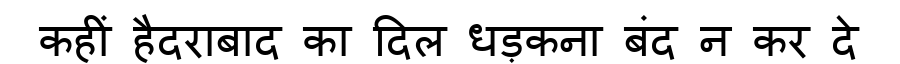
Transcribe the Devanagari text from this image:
कहीं हैदराबाद का दिल धड़कना बंद न कर दे